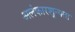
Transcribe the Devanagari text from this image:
अलंकारशून्यता